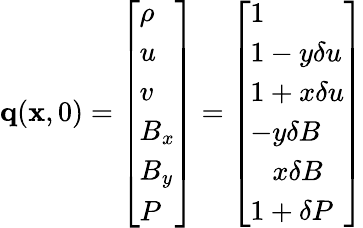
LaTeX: \mathbf{q}(\mathbf{x},0)=\left[\begin{array}{l}{\rho}\\ {u}\\ {v}\\ {B_{x}}\\ {B_{y}}\\ {P}\end{array}\right]=\left[\begin{array}{l}{1}\\ {1-y\delta u}\\ {1+x\delta u}\\ {-y\delta B}\\ {\phantom{-}x\delta B}\\ {1+\delta P}\end{array}\right]